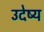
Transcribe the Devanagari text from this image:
उदेष्य